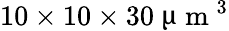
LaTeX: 10\times 10\times 30~\upmu\mathrm{~m~}^{3}